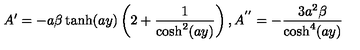
A ^ { \prime } = - a \beta \tanh ( a y ) \left( 2 + \frac { 1 } { \cosh ^ { 2 } ( a y ) } \right) , A ^ { ' ^ { \prime } } = - \frac { 3 a ^ { 2 } \beta } { \cosh ^ { 4 } ( a y ) }